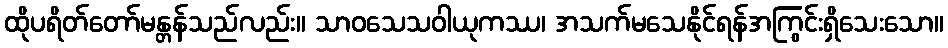
ထိုပရိတ်တော်မန္တန်သည်လည်း။ သာဝသေသဝါယုကဿ၊ အသက်မသေနိုင်ရန်အကြွင်းရှိသေးသော။